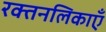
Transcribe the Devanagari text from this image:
रक्तनलिकाएँ